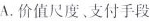
A.价值尺度、支付手段